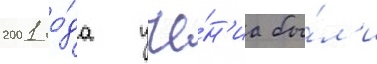
2001 го́да уче́н'иа бы́л'и